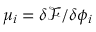
\mu _ { i } = { \delta \mathcal { F } } / { \delta { \phi _ { i } } }